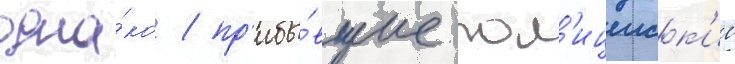
одна́ко / пр'ибы́вшие пол'ицеиск'ие